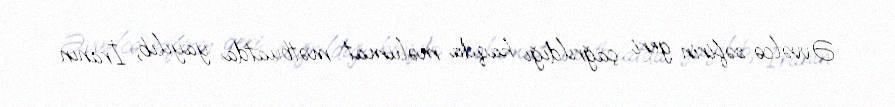
Əvvəlcə səfirin geri çağrıldığı haqda məlumat mətbuatda yayılıb, İranın